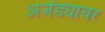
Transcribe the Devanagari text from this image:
अजेंड्यावर